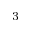
^ { 3 }